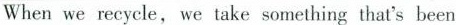
When we recycle, we take something that's been